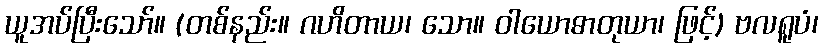
ယူအပ်ပြီးသော်။ (တစ်နည်း။ ဂဟိတာယ၊ သော။ ဝါယောဓာတုယာ၊ ဖြင့်) ဗလရူပံ၊